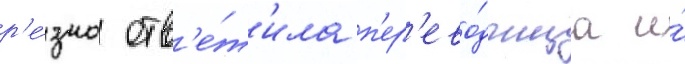
р'е́зко отв'е́т'ила п'ер'ево́дчица и́